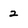
Character: 2